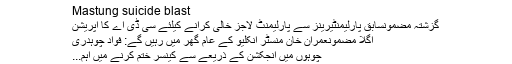
Hafeez Nawaz
Mastung suicide blast
گزشتہ مضمونسابق پارلیمنٹیرینز سے پارلیمنٹ لاجز خالی کرانے کیلئے سی ڈی اے کا آپریشن
اگلا مضمونعمران خان منسٹر انکلیو کے عام گھر میں رہیں گے: فواد چوہدری
چوہوں میں انجکشن کے ذریعے سے کینسر ختم کرنے میں اہم...
دنیا کے 5 ایسے ممالک جہاں کوئی ایئرپورٹ نہیں